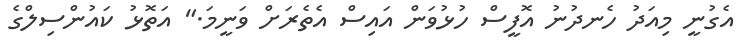
އެގުނީ މިއަދު ހެނދުނު އޮފީސް ހުޅުވަން އައިސް އެތެރަށް ވަނީމަ." އަތޮޅު ކައުންސިލްގެ